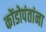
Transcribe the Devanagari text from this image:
कोंडोपंतांना